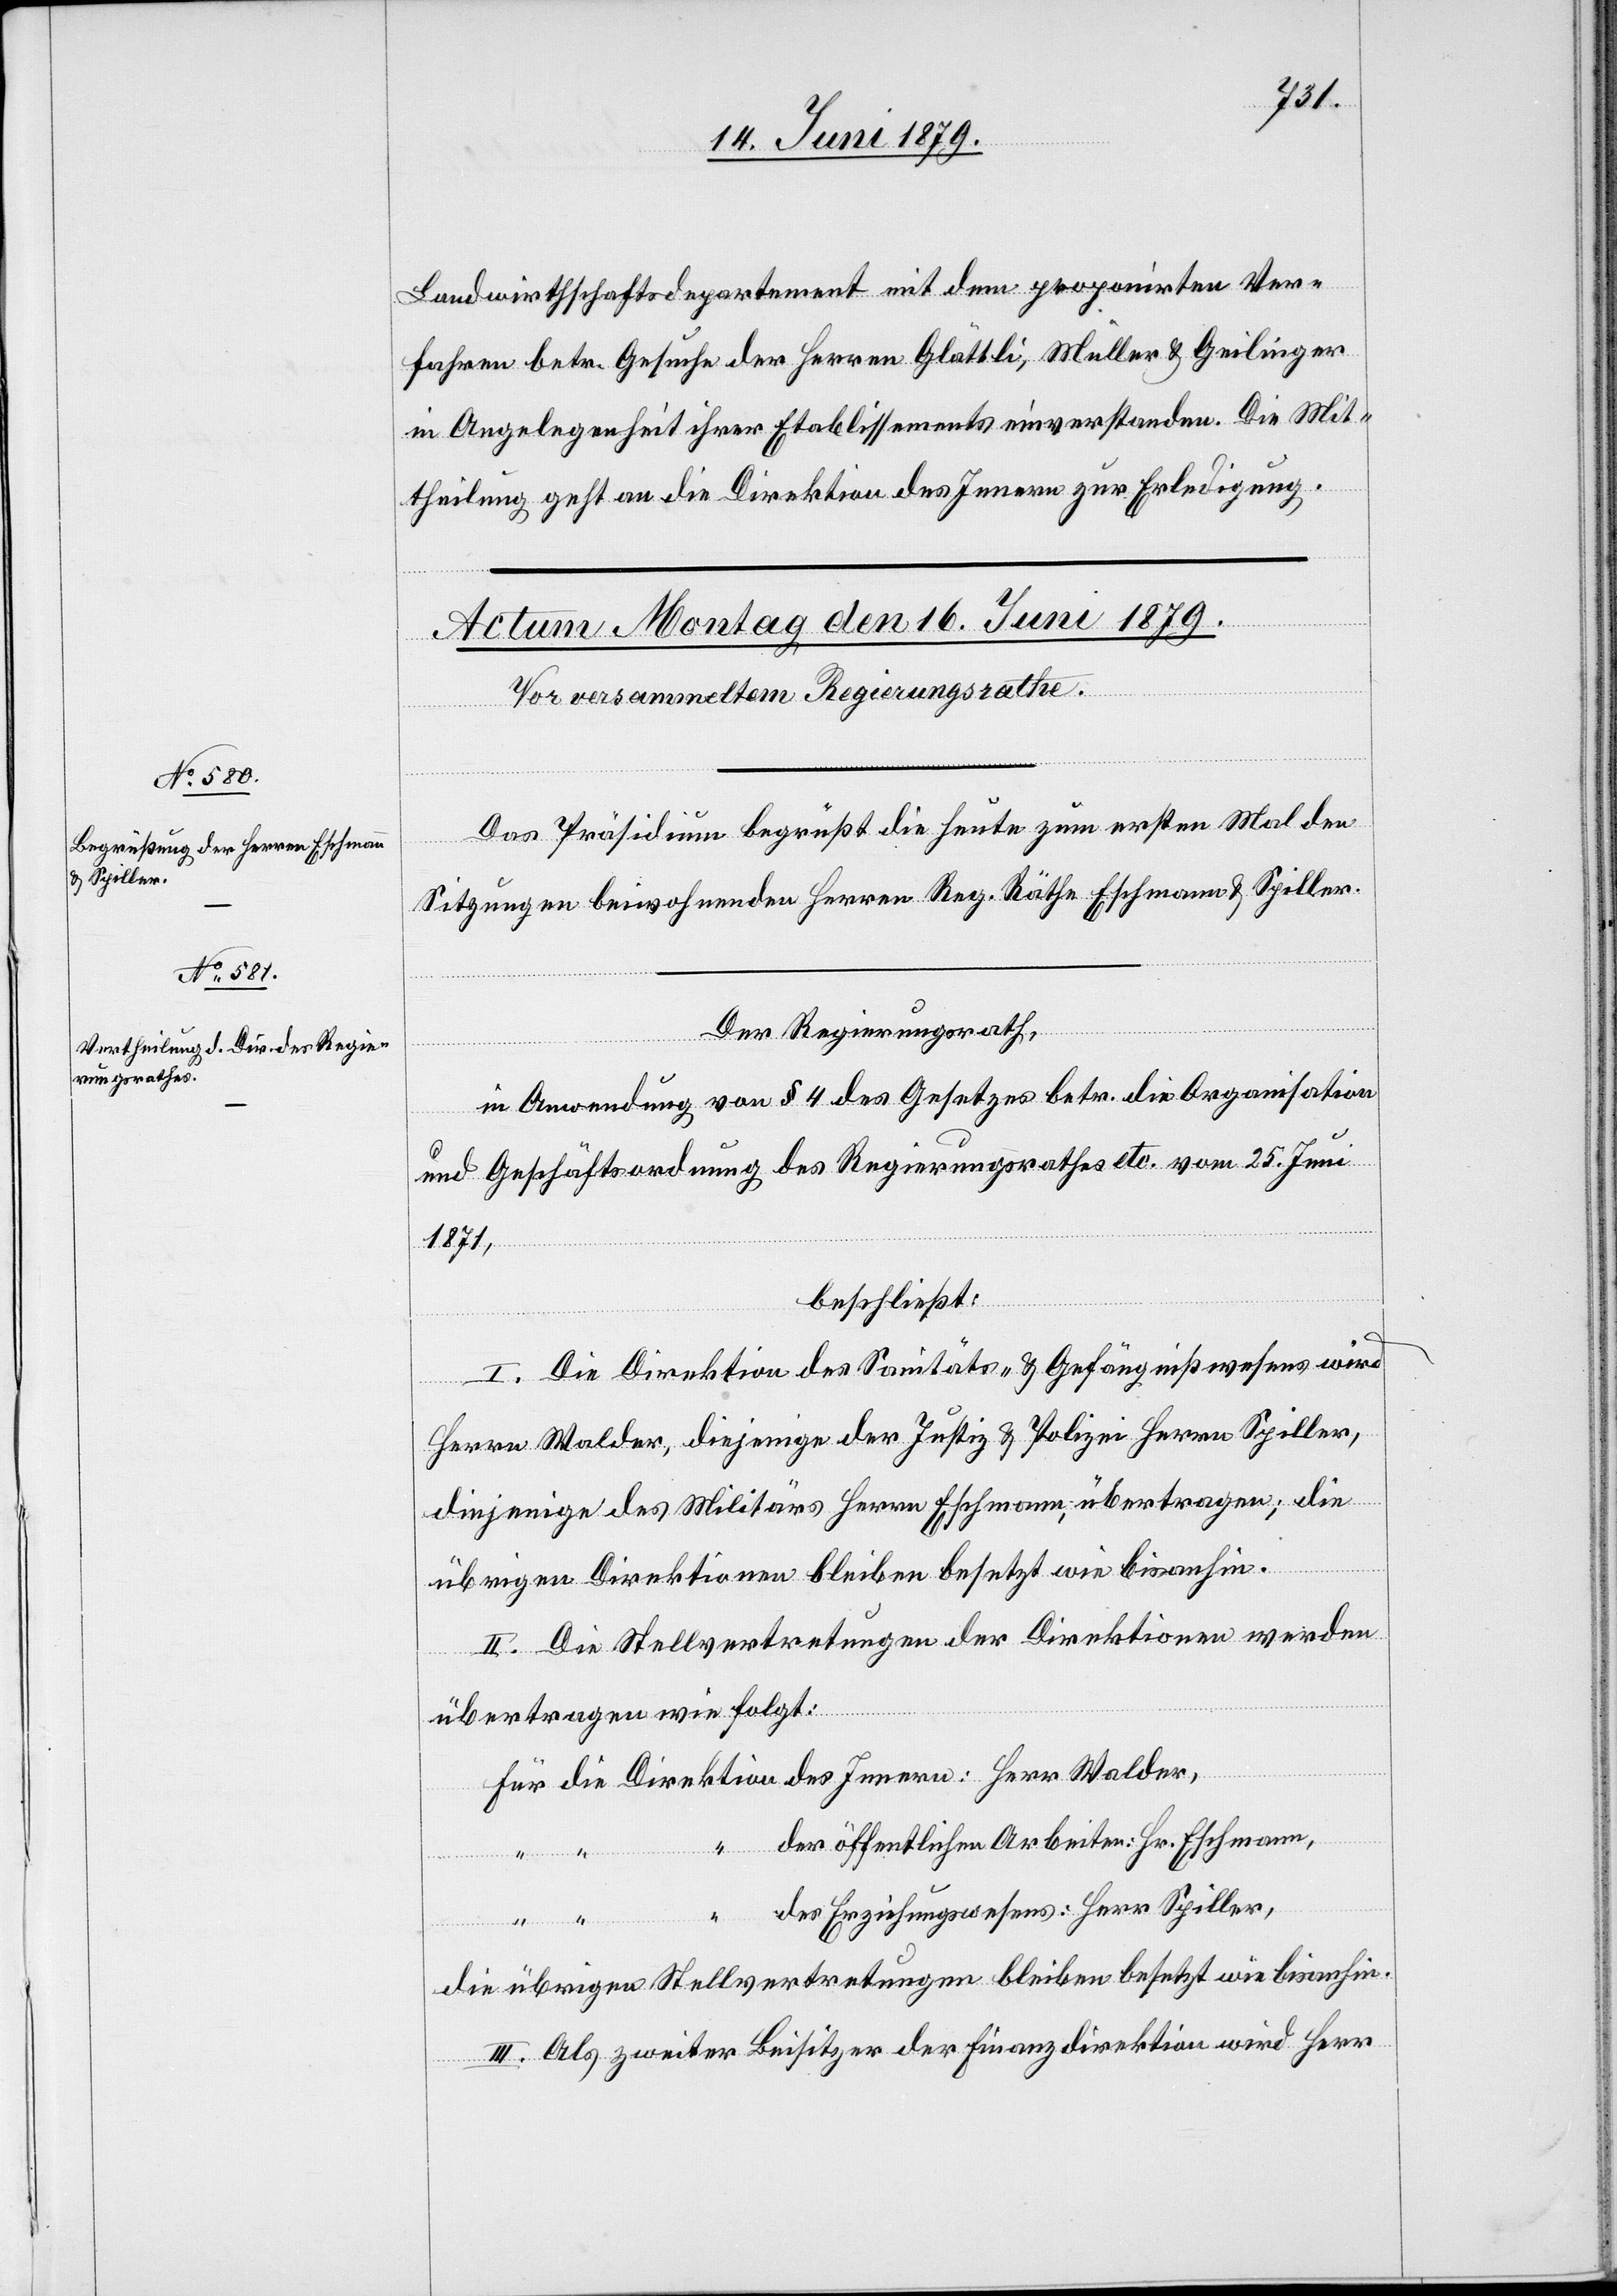
Landwirthschaftsdepartement mit dem proponirten Ver¬
fahren betr. Gesuche der Herren Glättli, Müller & Geilinger
in Angelegenheit ihrer Etablissements einverstanden. Die Mit¬
theilung geht an die Direktion des Innern zur Erledigung.
Das Präsidium begrüßt die heute zum ersten Mal den
Sitzungen beiwohnenden Herren Reg. Räthe Eschmann & Spiller.
die
Der Regierungsrath,
in Anwendung von § 4 des Gesetzes betr. die Organisation
und Geschäftsordnung des Regierungsrathes etc. vom 25. Juni
1871,
Walder,
beschließt:
I. Die Direktion des Sanitäts- und Gefängnißwesens wird
Herrn Walder, diejenige der Justiz & Polizei Herrn Spiller,
diejenige des Militärs Herrn Eschmann, übertragen; die
übrigen Direktionen bleiben besetzt wie bisanhin.
II. Die Stellvertretungen der Direktionen werden
übertragen wie folgt:
der öffentlichen Arbeiten: Hr. Eschmann,
des Erziehungswesens: Herr Spiller,
des Innern:
die übrigen Stellvertretungen bleiben besetzt wie bisanhin.
III. Als zweiter Beisitzer der Finanzdirektion wird Herr